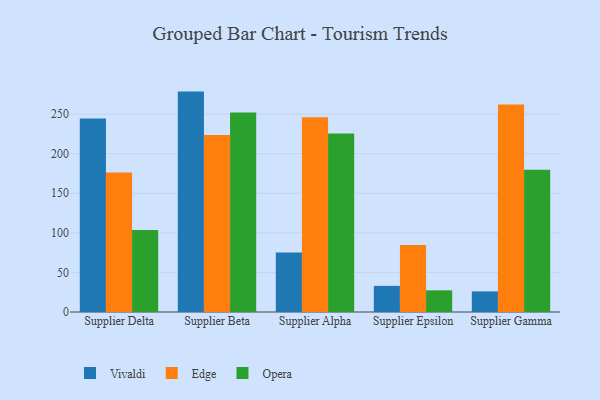
{"axis": {"x": "Supplier", "y": "Budget (USD K)"}, "legend": ["Edge", "Opera", "Vivaldi"], "data": [{"x": "Supplier Delta", "y": 244.4, "type": "Vivaldi"}, {"x": "Supplier Delta", "y": 176.3, "type": "Edge"}, {"x": "Supplier Delta", "y": 103.6, "type": "Opera"}, {"x": "Supplier Beta", "y": 278.5, "type": "Vivaldi"}, {"x": "Supplier Beta", "y": 223.7, "type": "Edge"}, {"x": "Supplier Beta", "y": 252.2, "type": "Opera"}, {"x": "Supplier Alpha", "y": 75.1, "type": "Vivaldi"}, {"x": "Supplier Alpha", "y": 246.2, "type": "Edge"}, {"x": "Supplier Alpha", "y": 225.7, "type": "Opera"}, {"x": "Supplier Epsilon", "y": 33.0, "type": "Vivaldi"}, {"x": "Supplier Epsilon", "y": 84.6, "type": "Edge"}, {"x": "Supplier Epsilon", "y": 27.4, "type": "Opera"}, {"x": "Supplier Gamma", "y": 26.0, "type": "Vivaldi"}, {"x": "Supplier Gamma", "y": 262.2, "type": "Edge"}, {"x": "Supplier Gamma", "y": 179.9, "type": "Opera"}]}